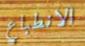
الانطباع